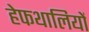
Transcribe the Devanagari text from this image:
हेफथालियों